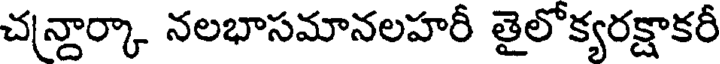
చన్దార్కా నలభాసమానలహరీ తైలోక్యరక్షాకరీ